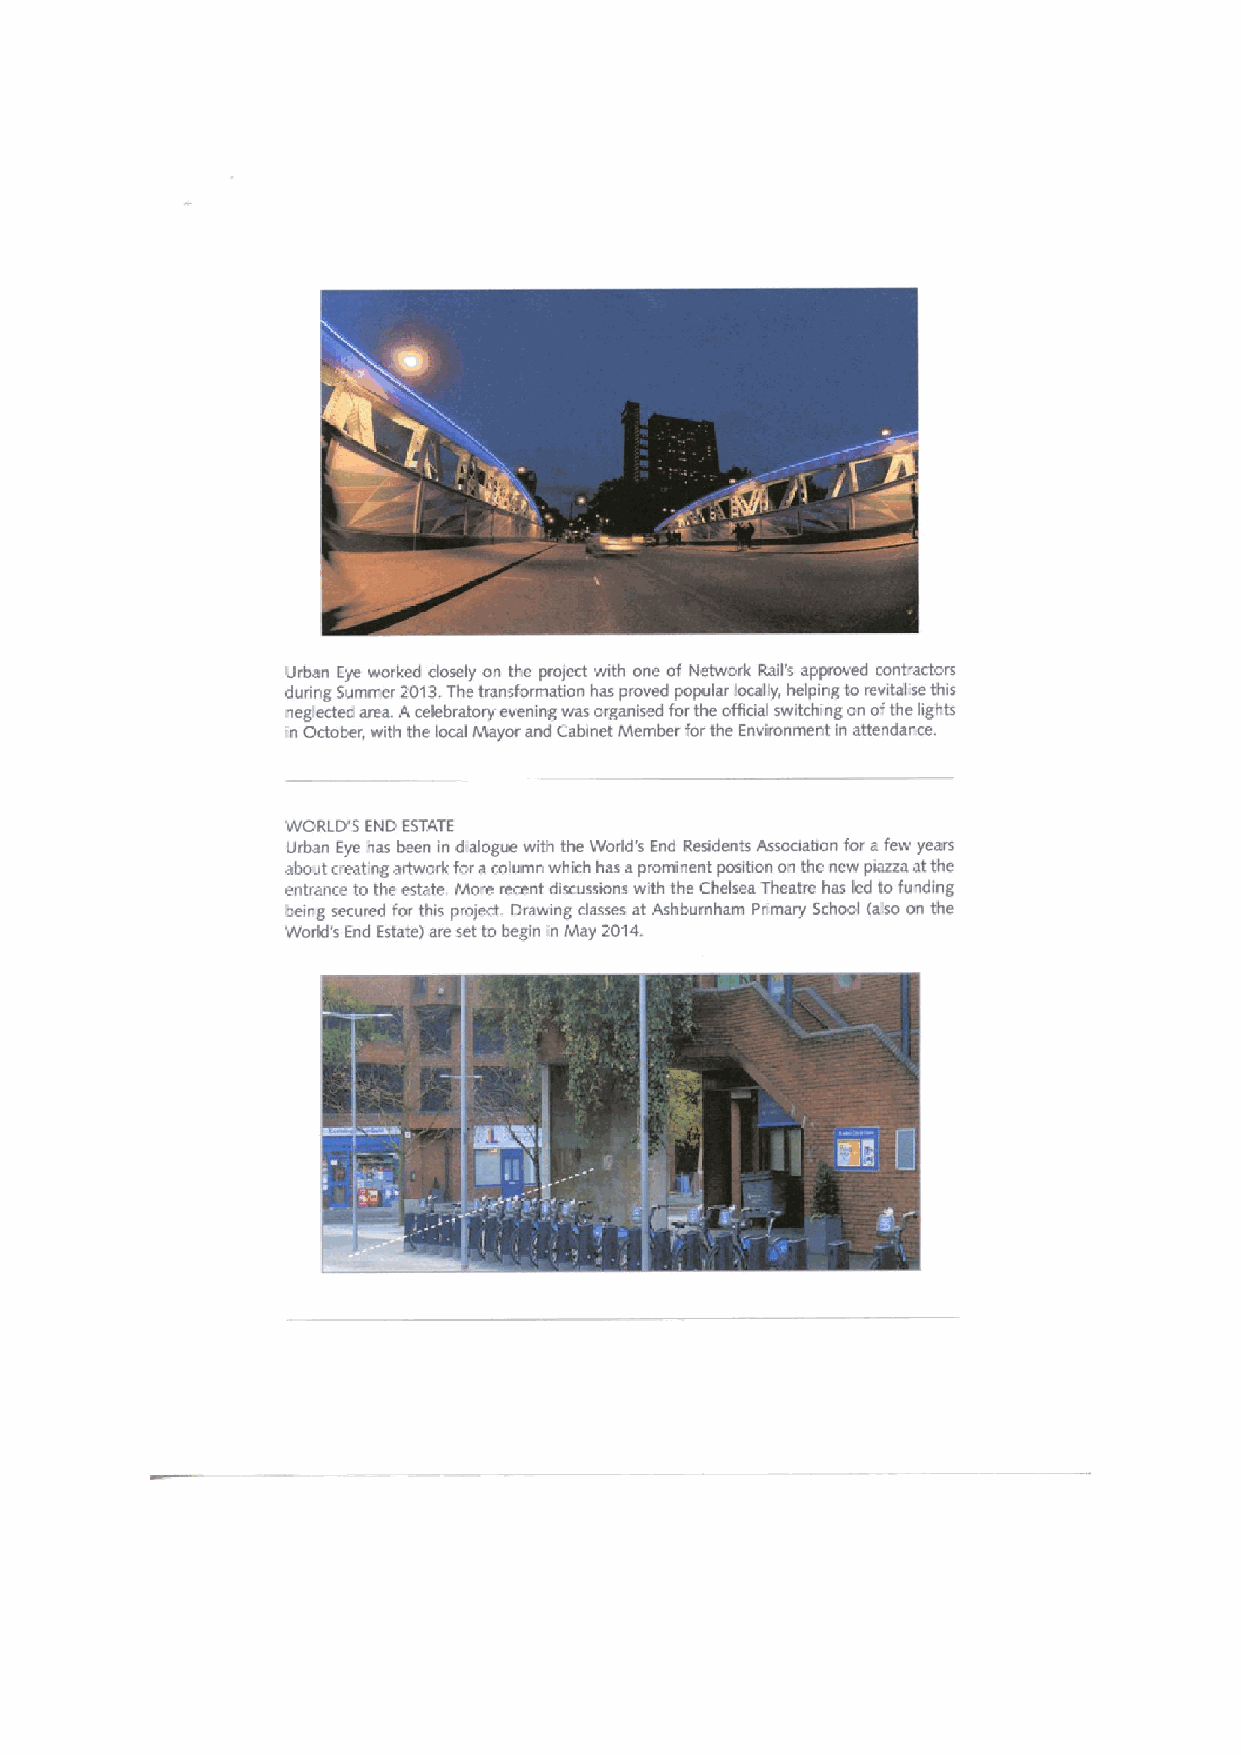
Urban Eye worked dosely on the protect with one of Network Rail's approved contractors
 during Summer 2013.The transformation has proved popular locally, helping to revitallse this
 neglected area. Acelebratory evening was organised forthe official switching on ofthe lights
 in October, with the local Mayor and Cabinet Ivtember forthe Environment in attendance
 WORLD'S END ESTATE
 Urban Eye has been in dialogue with the World's End Residents Awociatron for afew yeses
 about creating artwork for acolumn which has aprominent position on the new piazza atthe
 entrance to the estate Ivlore recent discussions with the Chelsea Theatre has led to fundmg
 being secured for ttris project. Drawing dasses at Ashbumham Pnmary School (also on the
 world's End Estate) are setto begin m IVIay 2014